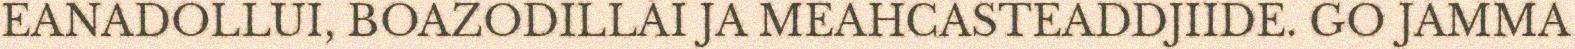
EANADOLLUI, BOAZODILLÁI JA MEAHCÁSTEADDJIIDE. GO JÁMMA